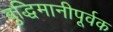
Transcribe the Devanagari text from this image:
बुद्धिमानीपूर्वक